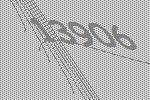
13906